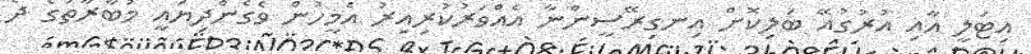
އިޓަލީ އާއި އުރުގުއޭ ބަލިކޮށް އިނގިރޭސީންނާ އެއްވަރުކުރިއިރު އެމީހުން ވެގެންދިޔައީ މުބާރާތުގެ ދެ